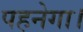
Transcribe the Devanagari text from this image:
पहनेगा।